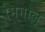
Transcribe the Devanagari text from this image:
मिगालू